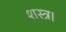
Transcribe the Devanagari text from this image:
शस्त्र।